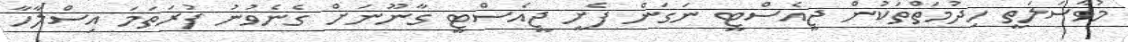
މުވާސަލަތީ ހިދުމަތްތަކުން ޖީއެސްޓީ ނަގަން ފެށީ ޖީއެސްޓީ ގާނޫނަށް ގެނެވުނު ފުރަތަަމަ އިސްލާހާ